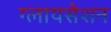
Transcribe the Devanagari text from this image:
ग्लायसेशन